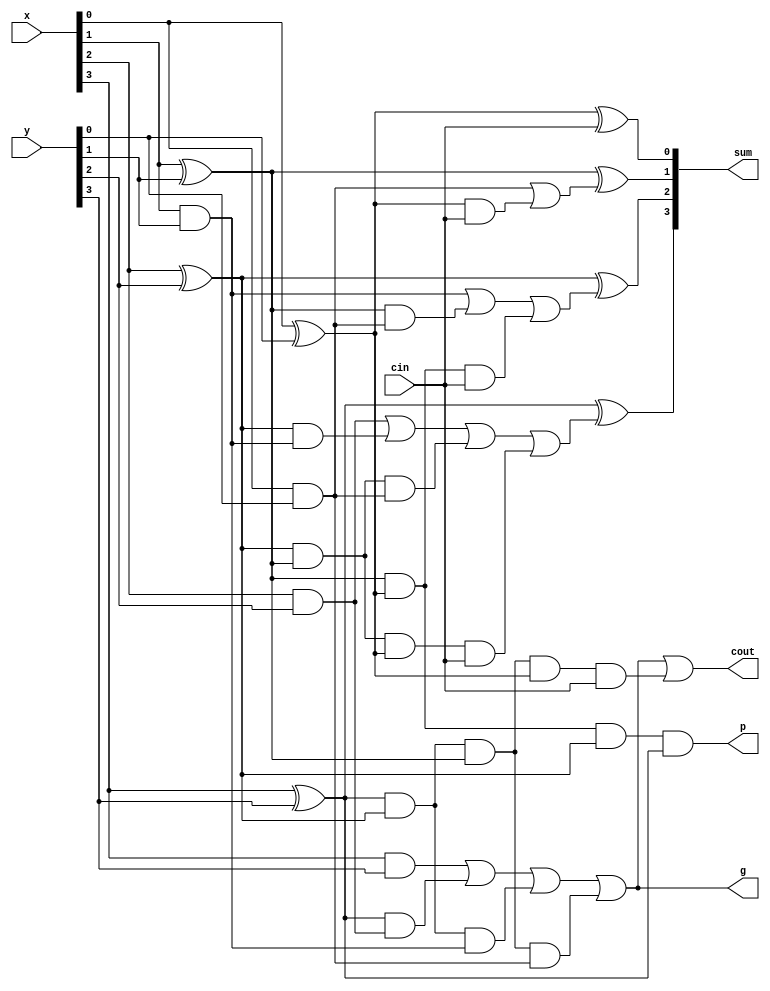
`timescale 1ns / 1ps
//Assignment - 5
//Problem - 2(Source file)
//Semester - 5
//Group - 28
//Kantevari Pruthvi 18CS10024
//Dhaipule Rohit - 18CS10013


module carry_lookahead_adder(input[3:0] x, input[3:0] y, input cin, output[3:0] sum, output cout, output p, output g);  
    wire p0, p1, p2, p3, g0, g1, g2, g3, c1, c2, c3;
    assign g0 = x[0]&y[0], g1 = x[1]&y[1], g2 = x[2]&y[2], g3 = x[3]&y[3];
    assign p0 = x[0]^y[0], p1 = x[1]^y[1], p2 = x[2]^y[2], p3 = x[3]^y[3];
    assign sum[0] = p0^cin;
    assign c1 = g0|(p0&cin);
    assign sum[1] = p1^c1;
    assign c2 = g1|(p1&g0)|(p1&p0&cin);
    assign sum[2] = p2^c2;
    assign c3 = g2|(p2&g1)|(p2&p1&g0)|(p2&p1&p0&cin);
    assign sum[3] = p3^c3;
    assign cout = g3|(p3&g2)|(p3&p2&g1)|(p3&p2&p1&g0)|(p3&p2&p1&p0&cin);

  assign p = p0&p1&p2&p3;
  assign g = g3|(p3&g2)|(p3&p2&g1)|(p3&p2&p1&g0);

endmodule